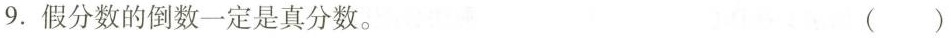
9.假分数的倒数一定是真分数。 ()